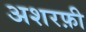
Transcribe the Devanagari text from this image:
अशरफ़ी